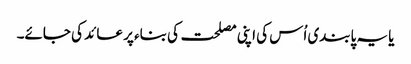
یا یہ پابندی اُس کی اپنی مصلحت کی بناء پر عائد کی جائے۔